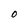
Character: O